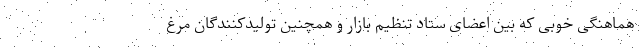
هماهنگی خوبی که بین اعضای ستاد تنظیم بازار و همچنین تولیدکنندگان مرغ